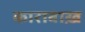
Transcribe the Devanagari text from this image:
काराबाख़